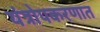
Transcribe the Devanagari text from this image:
यंत्रोपकरणात